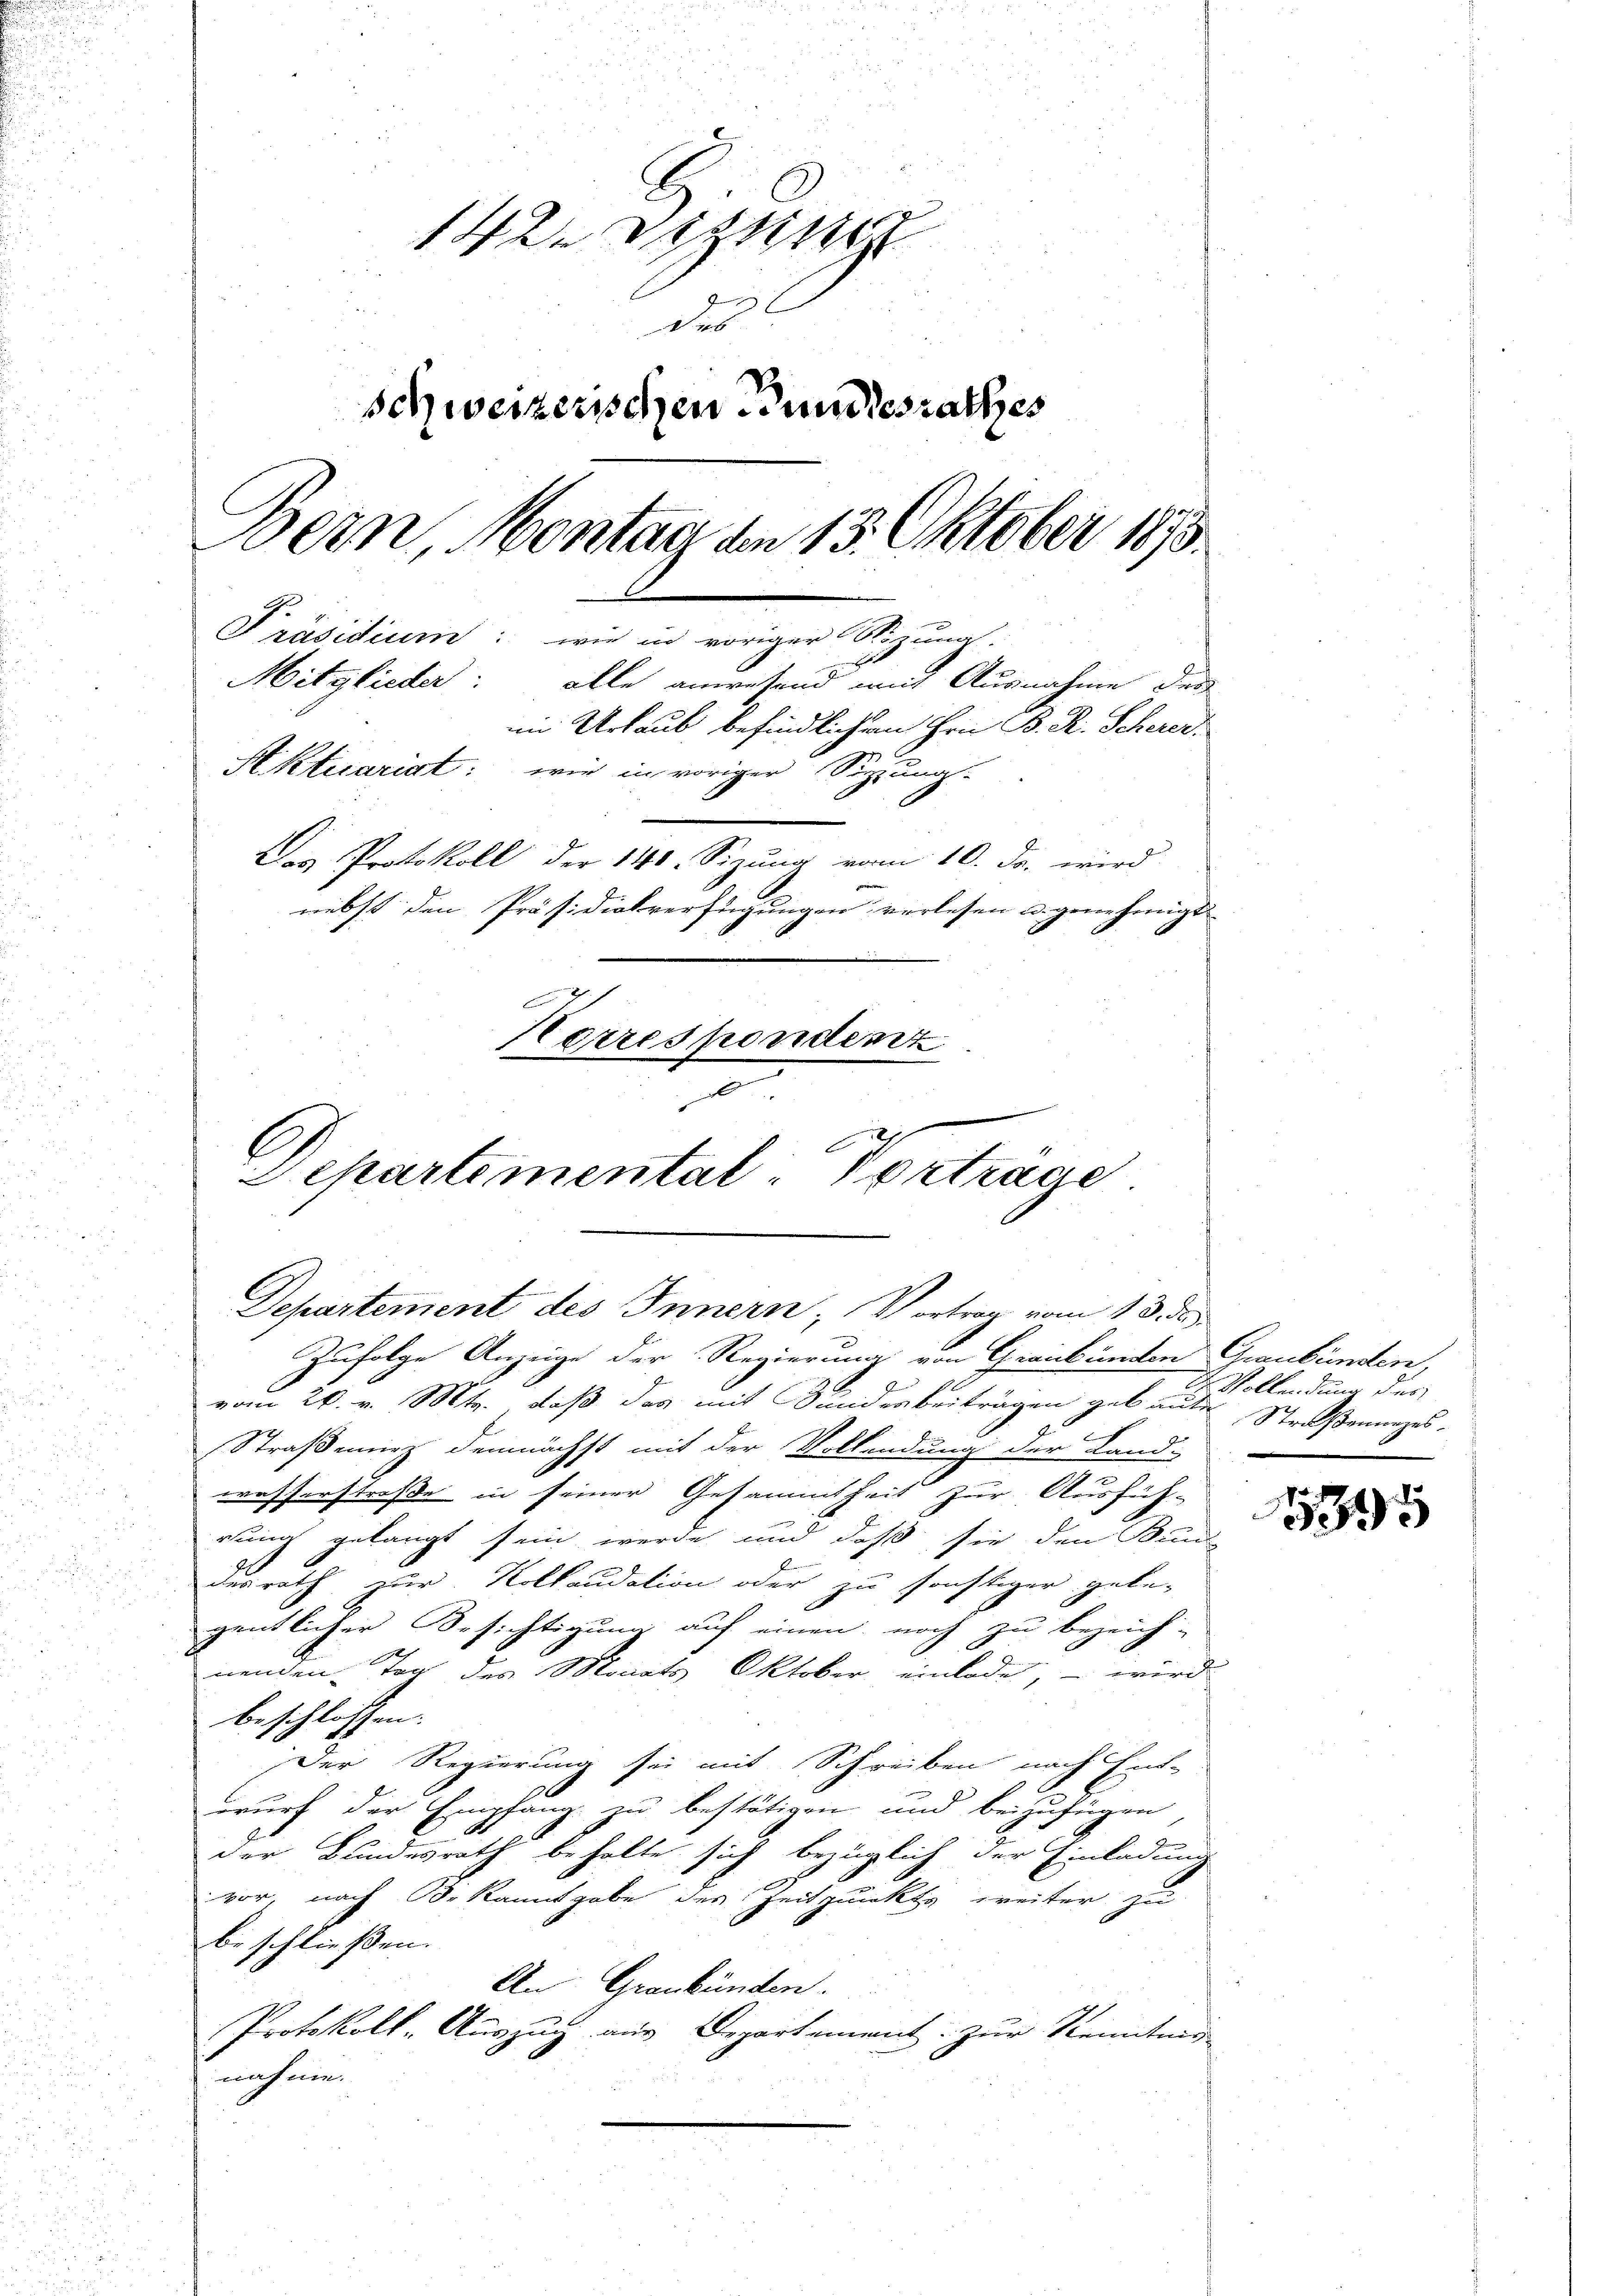
142. Dissen
des
schweizerischen Bundesrathes
Bern, Montag den 15. Oktober 1873.
Präsidium: wie in voriger Sitzung.
Mitglieder: alle anwesend mit Ausnahme der
im Urlaub befindlichen Hrn. B. R. Scherer.
Aktuariat: wie in voriger Sitzung-
Das Protokoll der 148. Sizung vom 10. d. wird
nebst den Präsidialverfügungen verlesen u. genehmigt.

Herrespondenz
d
E
Departemental Vortrage

Departement des Innern, Vortrag vom 13. de

Zufolge Anzeige der Regierung von Graubünden Graubünden,

vom 26. v. Mts. daß das mit Sinderbeiträgen gebaute Straßenunzes
Straßeninz demnächst mit der Vollendung der Land-
2
wasserstrasse in seiner Gesammtheit zur Ausfüh-
rung gelangt sein werde und daß sie den Bund
desrath zur Kollaudation oder zu sonstiger gebe-
gentlicher Besichtigung auf einen noch zu bezeich-
nenden Tag des Monats Oktober einlade, – wird
beschlossen:
Der Regierung sei mit Schreiben nach Ent-
wurf der Empfang zu bestätigen und beizufügen
der Bundesrath behalte sich bezüglich der Einladung
vor, nach Bekanntgabe des Zeitpunkte weiter zu
beschließen. |
An Graubünden.
Protokoll-Auszug aus Departement zur Kenntung
nahme.

Dr Vollendung des

5395